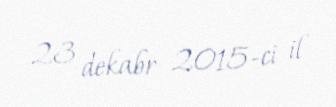
23 dekabr 2015-ci il